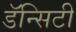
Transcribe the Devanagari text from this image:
डॅन्सिटी